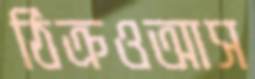
ঠিক্‌রওআস